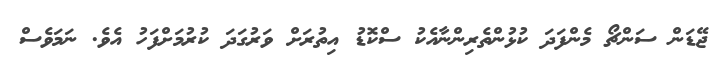
ޖޭޑަން ސަންޗޯ މެންފަދަ ކުޅުންތެރިންނާއެކު ސްކޮޑު އިތުރަށް ވަރުގަދަ ކުރުމަށްފަހު އެވެ. ނަމަވެސް